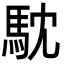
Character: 馾